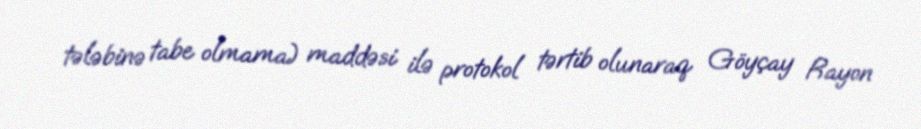
tələbinə tabe olmama) maddəsi ilə protokol tərtib olunaraq Göyçay Rayon